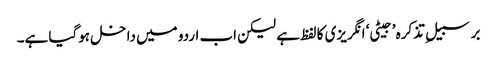
برسبیلِ تذکرہ ’جیٹی‘ انگریزی کا لفظ ہے لیکن اب اردو میں داخل ہوگیا ہے۔